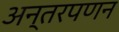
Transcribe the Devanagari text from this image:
अन्तरपणन